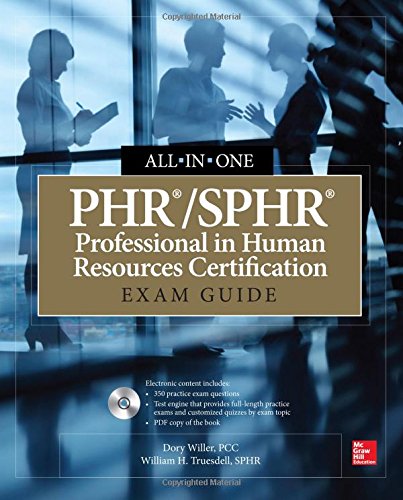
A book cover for PHR/SPHR Professional in Human Resources Certification All-in-One Exam Guide; Dory Willer; Business & Money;